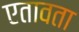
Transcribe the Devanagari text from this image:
एतावता